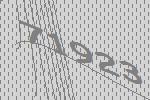
71923